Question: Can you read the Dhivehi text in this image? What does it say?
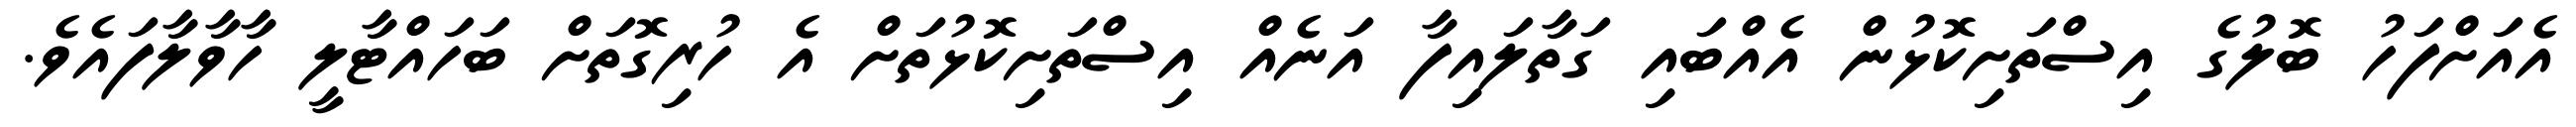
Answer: އެއަށްފަހު ބޮލުގެ އިސްތަށިކޮޅުން އެއްބައި ގަތާލައިފާ އަނެއް އިސްތަށިކޮޅުތަށް އެ ހުރިގޮތަށް ބަހައްޓާލީ ހާވާލާފައެވެ.